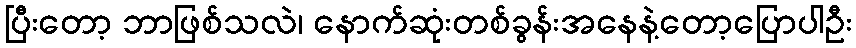
ပြီးတော့ ဘာဖြစ်သလဲ၊ နောက်ဆုံးတစ်ခွန်းအနေနဲ့တော့ပြောပါဦး